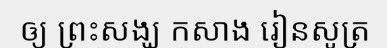
ឲ្យ ព្រះសង្ឃ កសាង រៀនសូត្រ